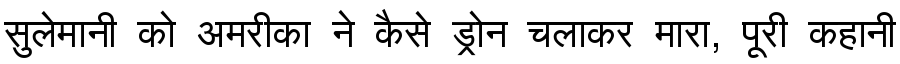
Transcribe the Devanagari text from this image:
सुलेमानी को अमरीका ने कैसे ड्रोन चलाकर मारा, पूरी कहानी